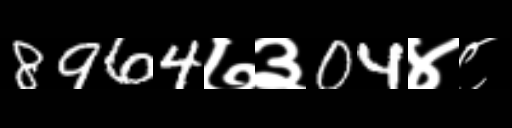
Text: 8964७३04४८